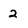
Character: 2